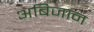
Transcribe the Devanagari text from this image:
अबिजान